Jarvakandi_vallavalitsus, lk 43
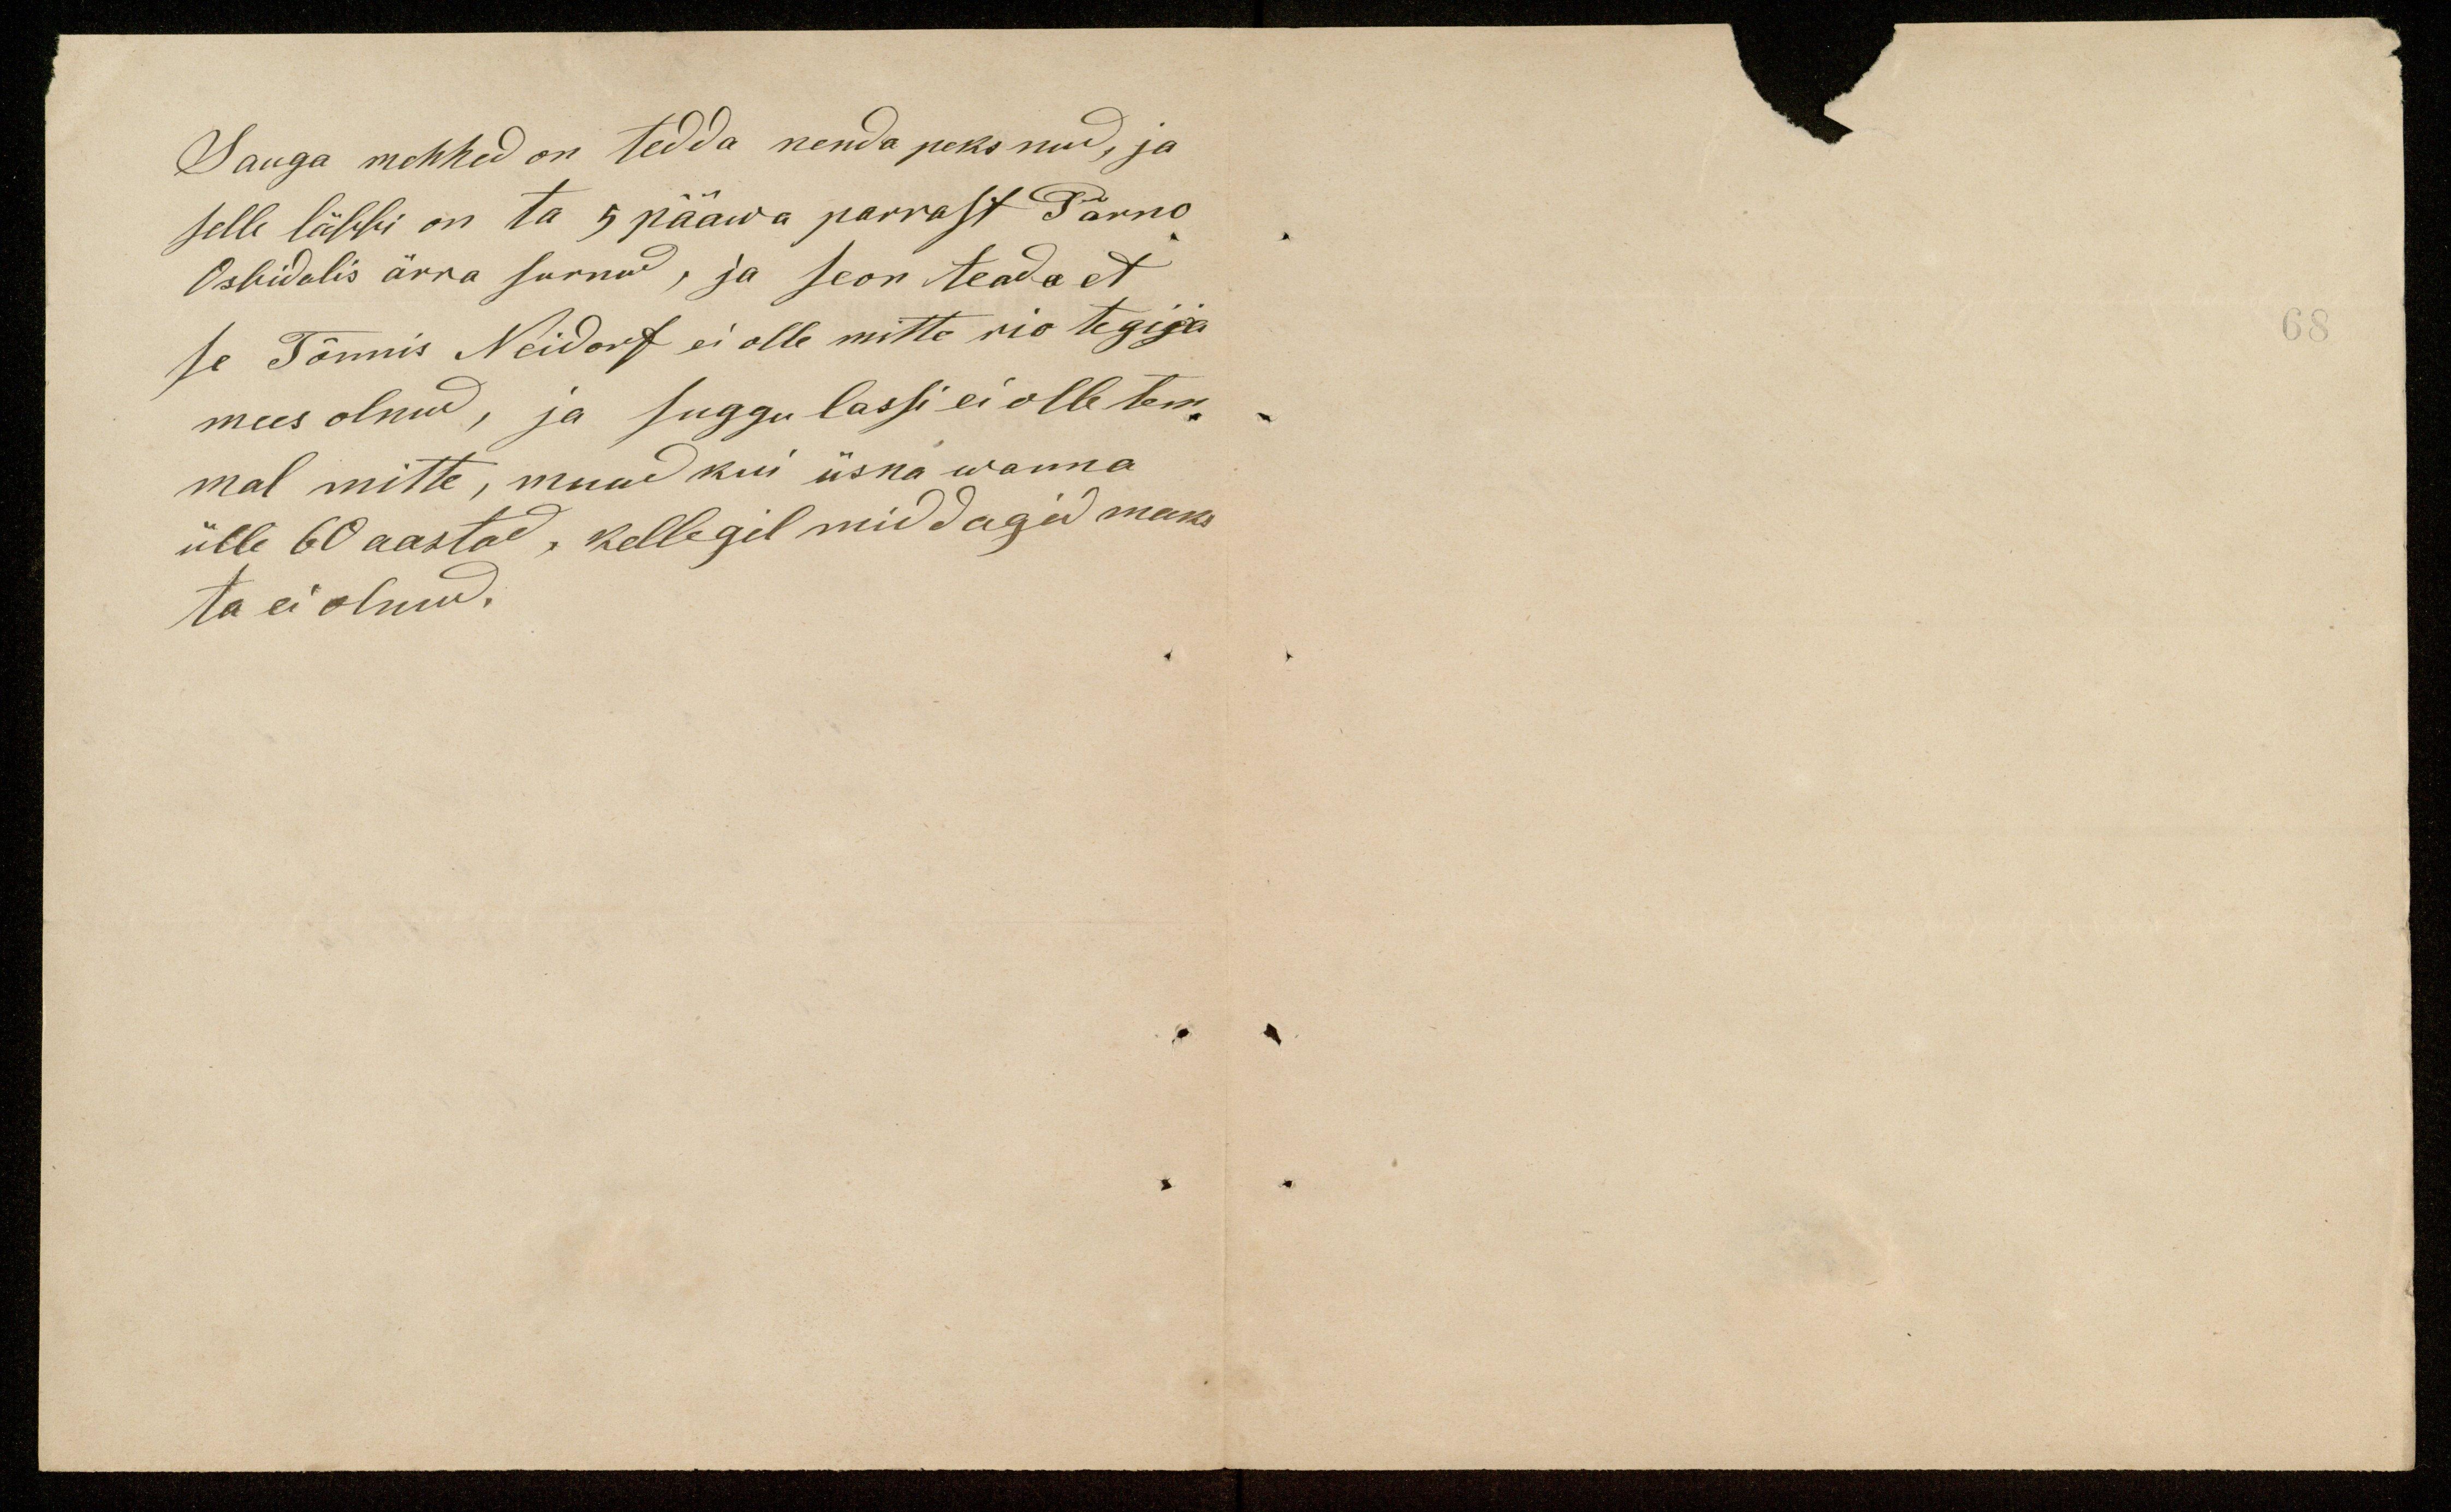
Sauga mehhed on tedda nenda peksnud, ja
selle läbbi on ta 5 pääwa pärrast Pärno
Ospidalis ärra surnud, ja seon teada et
se Tõnnis Neidorf ei olle mitte rio tegija
mees olnud, ja suggu lassi ei olle tem-
mal mitte, muud kui üsna wanna
ülle 60 aastad, kellegil middagid maks-
ta ei olnud.

68